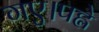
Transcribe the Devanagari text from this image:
गए।पह्ले